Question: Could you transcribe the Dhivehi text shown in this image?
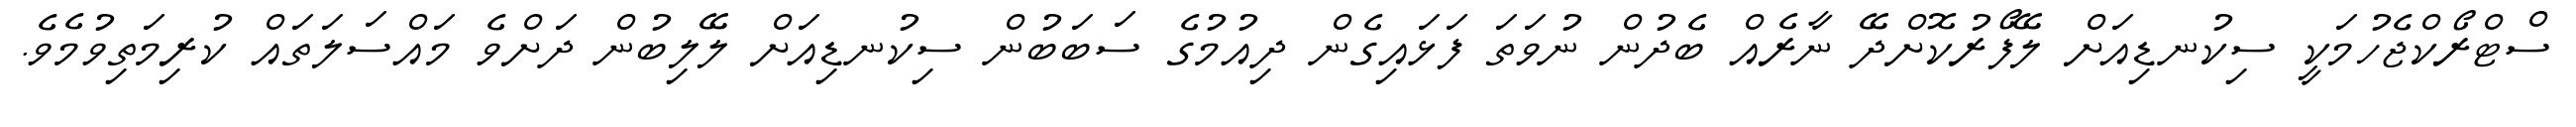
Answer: ސްޓްރޯކްޖެހުމަކީ ސިކުނޑިއަށް ލޭފޯރުކޮށްދޭ ނާރެއް ބެދުން ނުވަތަ ފަޅައިގެން ދިއުމުގެ ސަބަބުން ސިކުނޑިއަށް ލޭލިބުން ދަށްވެ މައްސަލަތައް ކުރިމަތިވުމެވެ.